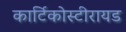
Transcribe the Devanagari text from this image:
कार्टिकोस्टीरायड